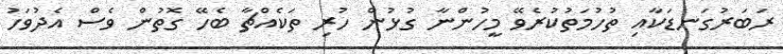
ރަބަރުގަނޑަކާއި ތުހުމަތުކުރެވޭ މީހުންނާ ގުޅުން ހުރި ތަކެއްޗާ ބެހޭ ގޮތުން ވެސް އެދުވަހު